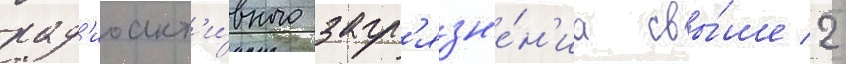
рад'иоакт'и́вного загр'язн'е́н'иа свы́ше 2